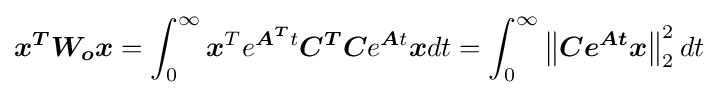
{\boldsymbol {x^{T}W_{o}x}}=\int _{0}^{\infty }{\boldsymbol {x}}^{T}e^{{\boldsymbol {A^{T}}}t}{\boldsymbol {C^{T}C}}e^{{\boldsymbol {A}}t}{\boldsymbol {x}}dt=\int _{0}^{\infty }\left\Vert {\boldsymbol {Ce^{{\boldsymbol {A}}t}{\boldsymbol {x}}}}\right\Vert _{2}^{2}dt